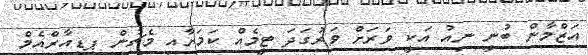
އަޒްމާން ބުނީ ނިއު އަކީ ވަރަށް ވަރުގަދަ ޓީމެއް ކަމަށާއި މެޗުން ޕީޑީއާރްއެމް